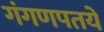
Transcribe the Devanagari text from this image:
गंगणपतये